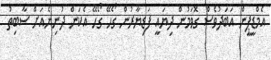
އެމްޑީޕީން އަބަދުވެސް ގޮވަމުން ދިޔައީ ފަޑިޔާރުން ގޯހޭ ގޯހޭ އެކަން ދުނިޔެއަށް ސާބިތު